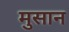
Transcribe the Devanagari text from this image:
मुसान